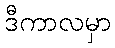
ဒီကာလမှာ